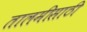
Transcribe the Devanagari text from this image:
तालमीसाठी